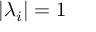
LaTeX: | \lambda _ { i } | = 1